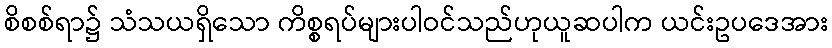
စိစစ်ရာ၌ သံသယရှိသော ကိစ္စရပ်များပါဝင်သည်ဟုယူဆပါက ယင်းဥပဒေအား